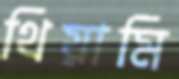
থিয়ামি